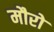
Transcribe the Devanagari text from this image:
मौरो